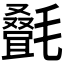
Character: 𬇇